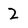
Character: 2